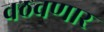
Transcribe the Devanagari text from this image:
वठवणार